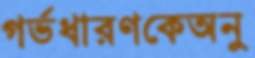
গর্ভধারণকেঅনু